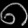
Digit: ၈